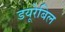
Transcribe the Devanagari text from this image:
डयूरेबिल